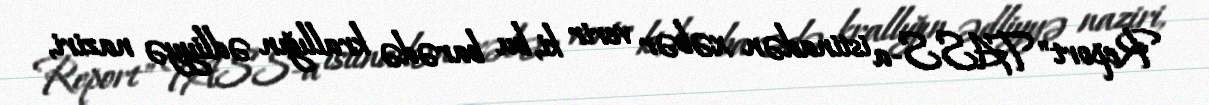
Report" TASS-a istinadən xəbər verir ki, bu barədə krallığın ədliyyə naziri,